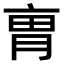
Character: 𠅥